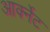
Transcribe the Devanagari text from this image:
आर्क्नेट